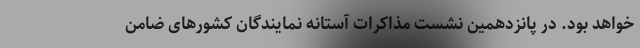
خواهد بود. در پانزدهمین نشست مذاکرات آستانه نمایندگان کشورهای ضامن